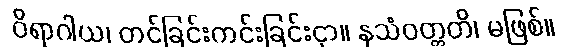
ဝိရာဂါယ၊ တင်ခြင်းကင်းခြင်းငှာ။ နသံဝတ္တတိ၊ မဖြစ်။